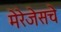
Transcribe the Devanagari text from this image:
मेरेजेसचे